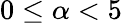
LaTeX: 0\leq\alpha<5